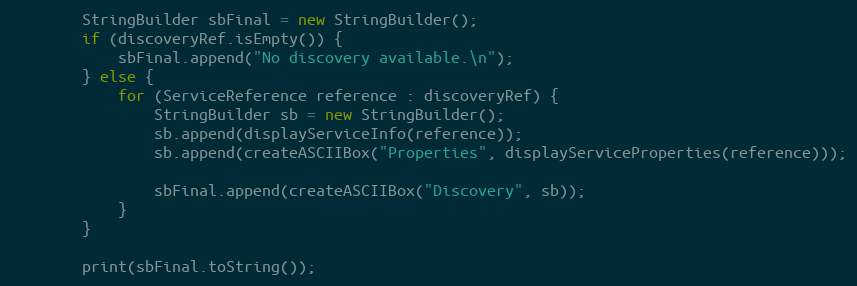
Language: Java
        StringBuilder sbFinal = new StringBuilder();
        if (discoveryRef.isEmpty()) {
            sbFinal.append("No discovery available.\n");
        } else {
            for (ServiceReference reference : discoveryRef) {
                StringBuilder sb = new StringBuilder();
                sb.append(displayServiceInfo(reference));
                sb.append(createASCIIBox("Properties", displayServiceProperties(reference)));

                sbFinal.append(createASCIIBox("Discovery", sb));
            }
        }

        print(sbFinal.toString());